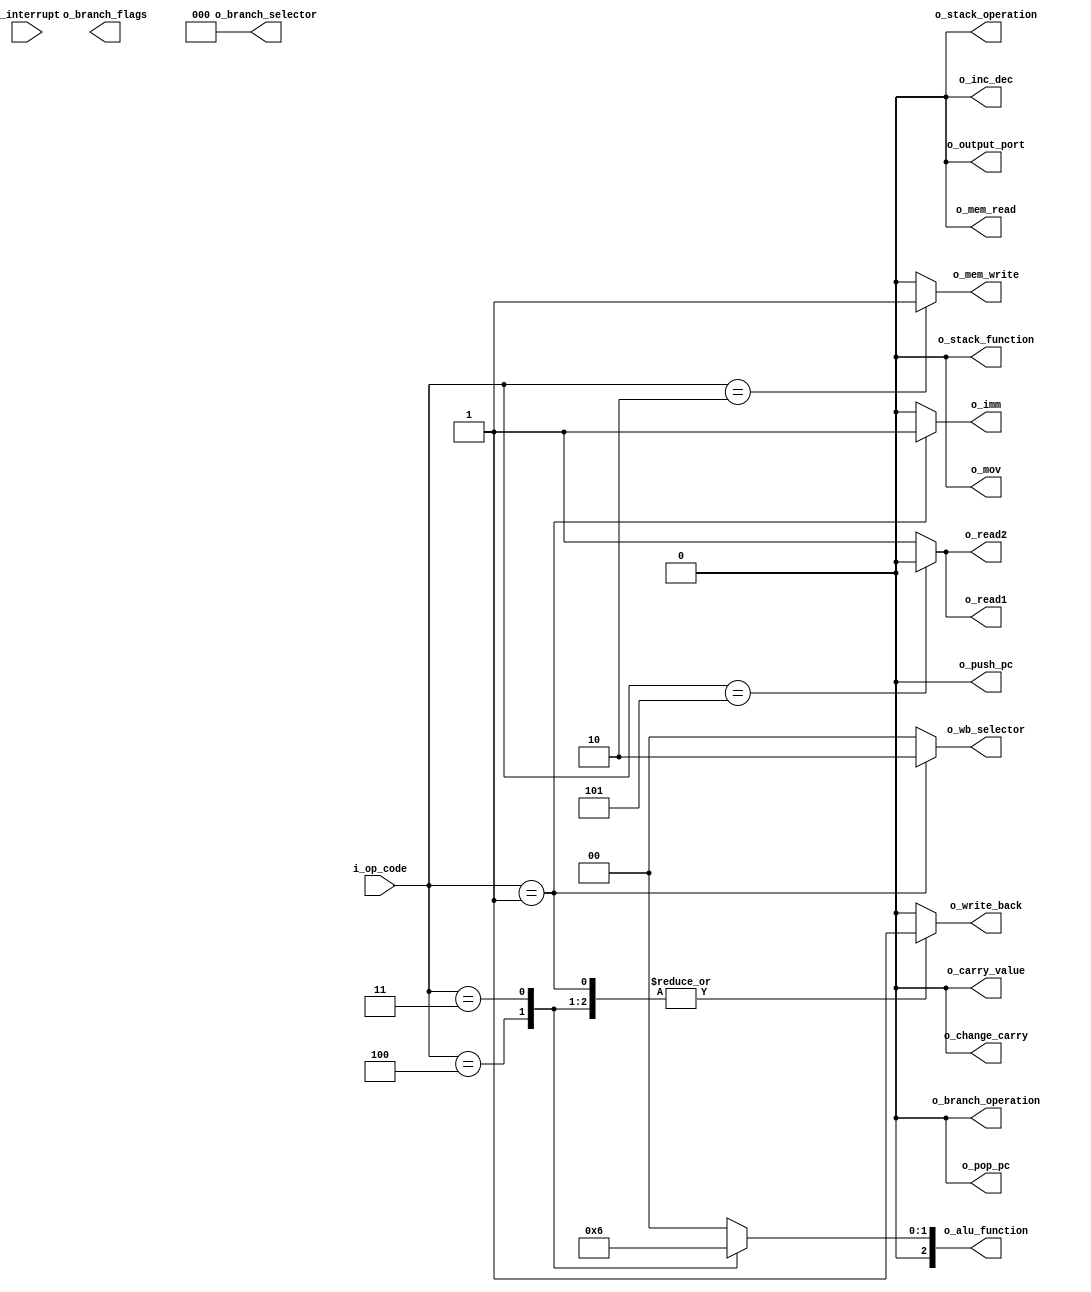
module control_unit_phase_1 (
    input wire [2:0] i_op_code,
    input wire i_interrupt,
    output reg [2:0] o_alu_function,
    output reg [1:0] o_wb_selector,
    output reg [2:0] o_branch_selector,
    output reg o_mov,
    output reg o_write_back,
    output reg o_inc_dec,
    output reg o_change_carry,
    output reg o_carry_value,
    output reg o_mem_read,
    output reg o_mem_write,
    output reg o_stack_operation,
    output reg o_stack_function,
    output reg o_branch_operation,
    output reg o_imm,
    output reg o_output_port,
    output reg o_pop_pc,
    output reg o_push_pc,
    output reg o_branch_flags,
    output reg o_read1,
    output reg o_read2
);

  always @(*) begin
    o_alu_function = 3'b000;
    o_wb_selector = 2'b00;
    o_write_back = 1'b0;
    o_mem_read = 1'b0;
    o_mem_write = 1'b0;
    o_imm = 1'b0;
    o_read1 = 1'b1;
    o_read2 = 1'b1;
    o_inc_dec = 1'b0;
    o_mov = 1'b0;
    o_change_carry = 1'b0;
    o_carry_value = 1'b0;
    o_stack_operation = 1'b0;
    o_stack_function = 1'b0;
    o_branch_operation = 1'b0;
    o_branch_selector = 1'b0;
    o_output_port = 1'b0;
    o_pop_pc = 1'b0;
    o_push_pc = 1'b0;
    case (i_op_code)
      3'b101: begin  // NOP
        o_read1 = 1'b0;
        o_read2 = 1'b0;
      end
      3'b100: begin  // NOT
        // o_wb_selector = 2'b00;
        o_write_back   = 1'b1;
        o_alu_function = 3'b001;
      end
      3'b011: begin  // ADD
        // o_wb_selector = 2'b00;
        o_write_back   = 1'b1;
        o_alu_function = 3'b010;
      end
      3'b010: begin  // STD
        o_mem_write = 1'b1;
        o_read2 = 1'b1;
      end
      3'b001: begin  // LDM
        o_imm = 1'b1;
        o_write_back = 1'b1;
        o_wb_selector = 2'b10;
      end

    endcase
  end

endmodule